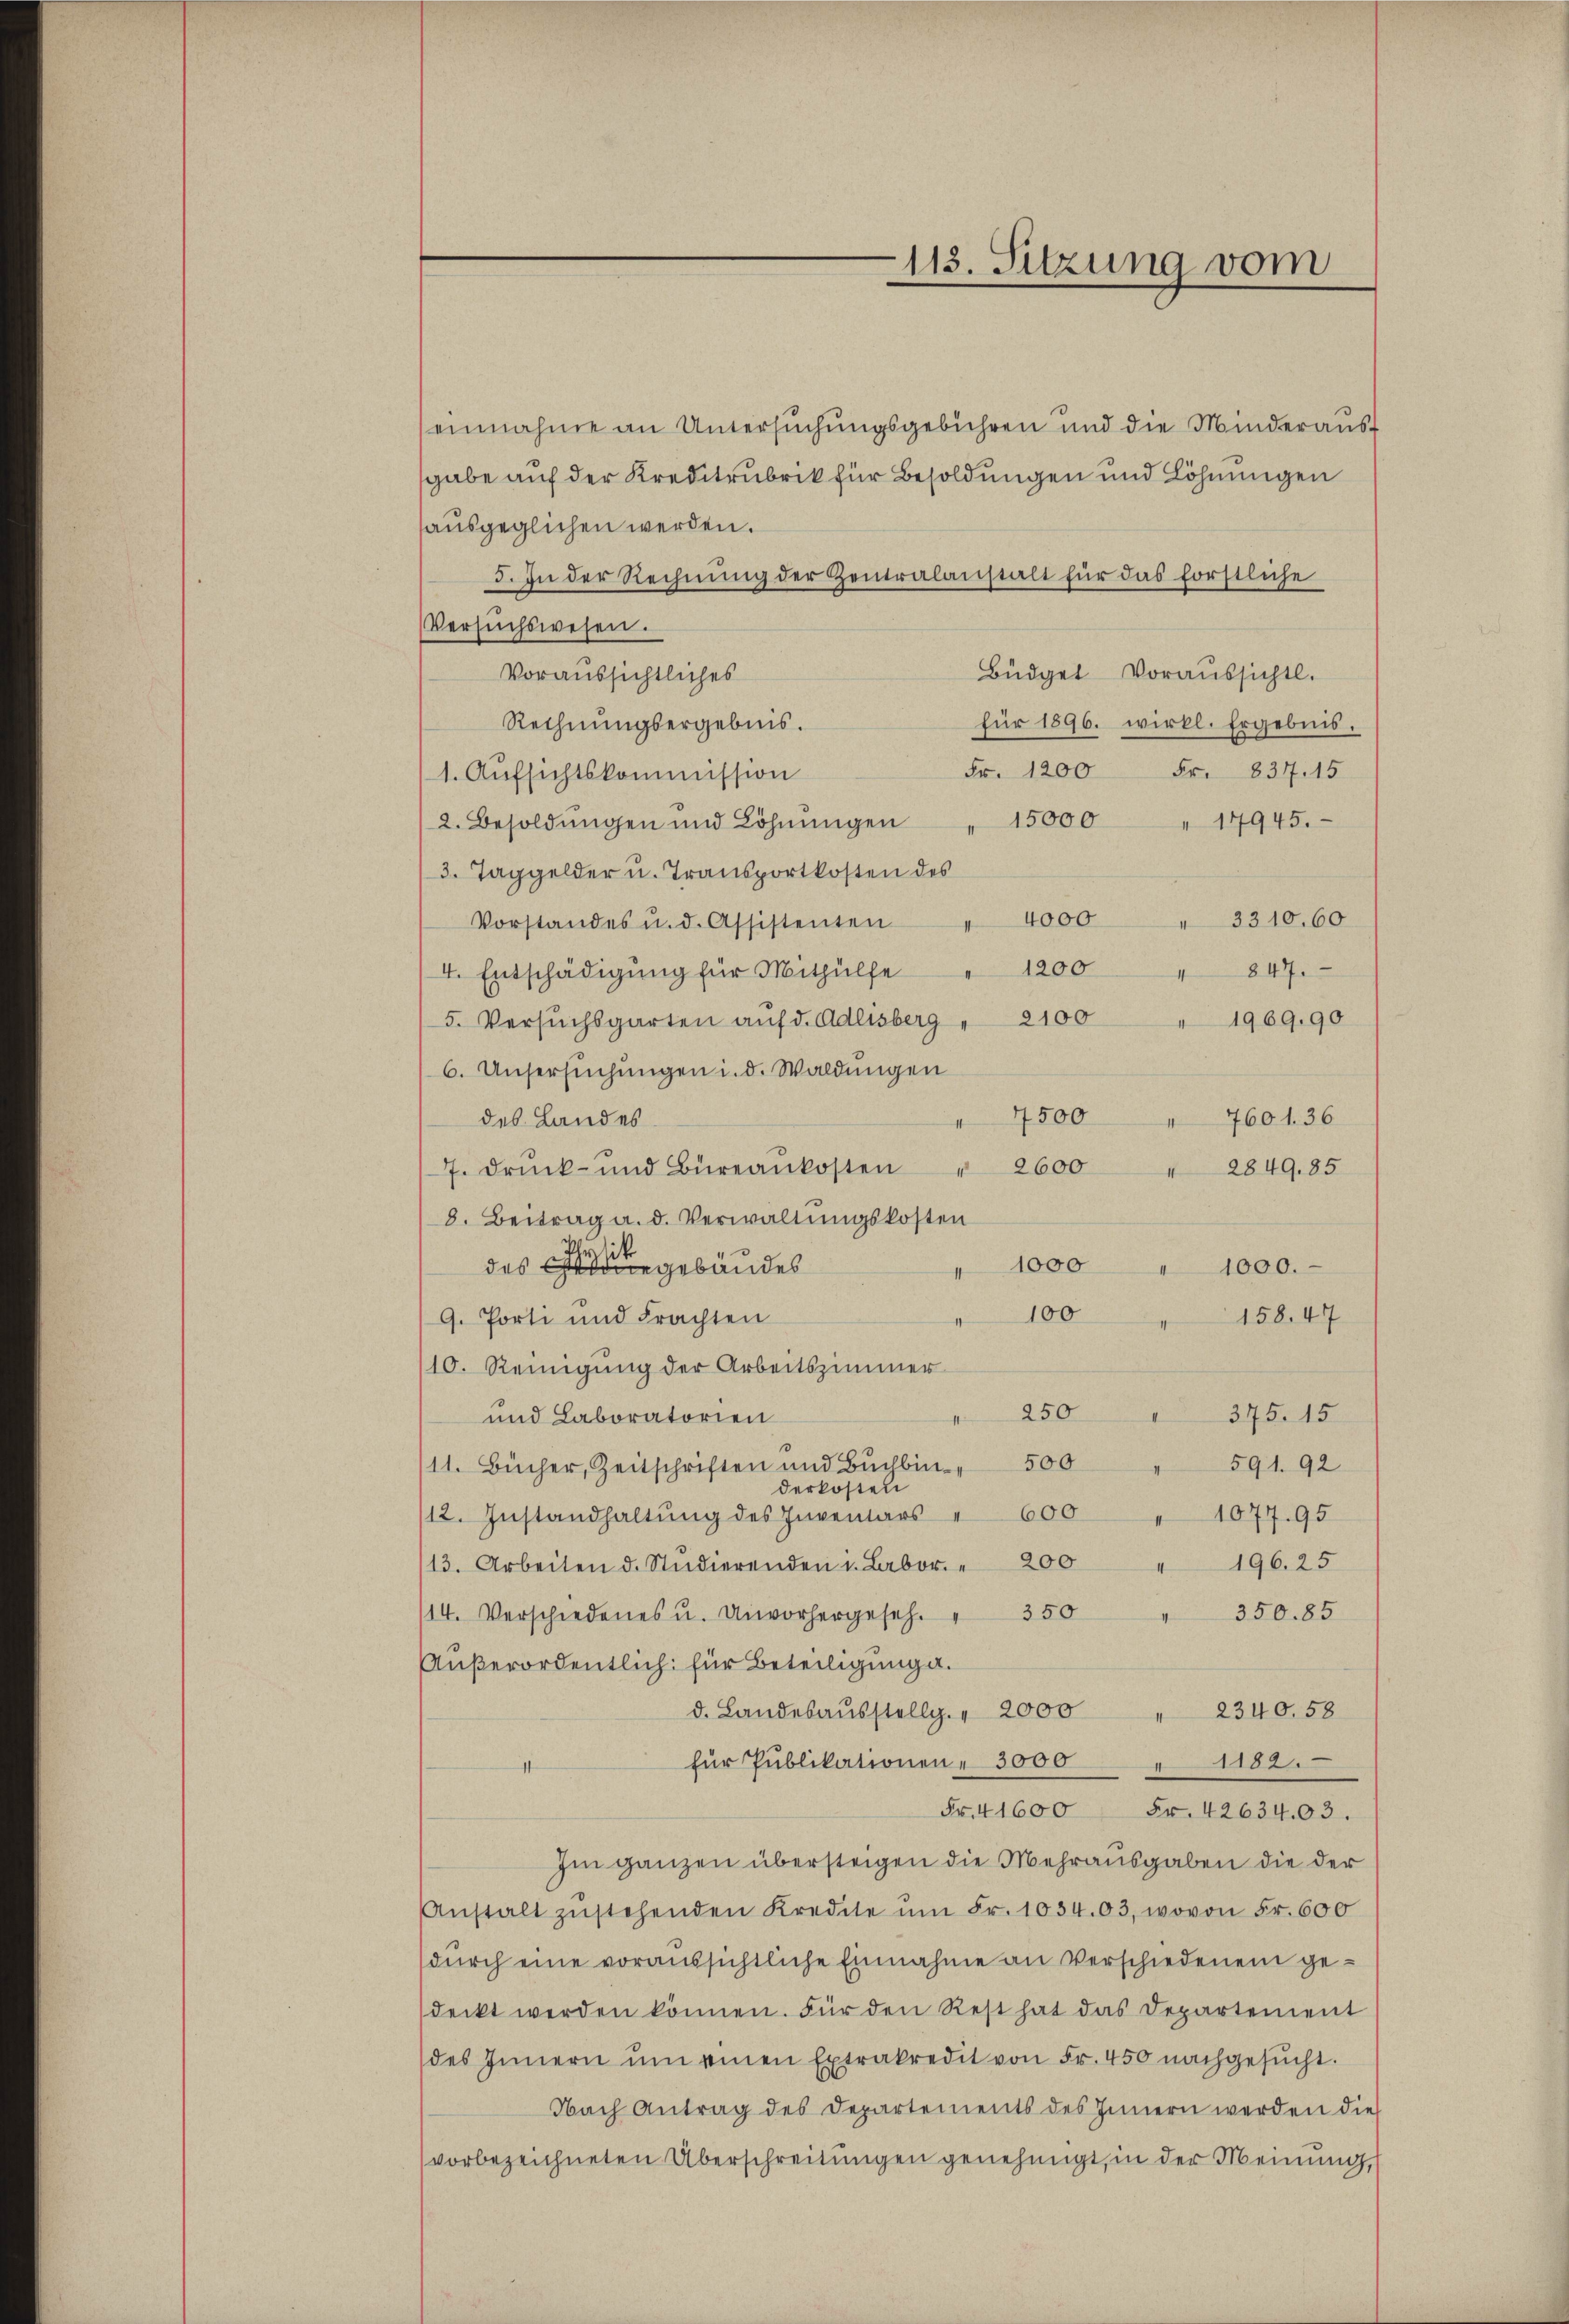
113. Sitzung vom

einnahme an Untersuchungsgebühren und die Minderaussgabe auf der Kreditrubrik für Besoldungen und Löhnungen
ausgeglichen werden.
5. In der Rechnung der Zentralanstalt für das förstliche
Versuchswesen.
Büdget Voraussichtl.
Voraussichtliches
Rechnungsergebnis.
für 1896. wirkl. Ergebnis.
Fr. 1200 Fr. 837. 15
1. Aufsichtskommission
2. Besoldŭngen und Löhnŭngen " 15000 " 17945.
3. Taggelder u. Transportkosten des
Vorstandes u. d. Assistenten " 4000 " 3310. 60
4. Entschädigung für Mithülfe " 1200
847.
5. Versŭchsgarten aŭf d. Adlisberg " 2100 " 1969, 90
6. Unsersŭchŭngen i. d. Waldungen
4500 " 760 136
des Landes
7. Druck- und Büreaukosten
2600 " 2849.85
8. Beitrag a. d. Verwaltungskosten
it
des gebäudes
1000 " 1000.-
100
9. Porti und Frachten
158. 47
(10. Reinigung der Arbeitszimmer
" 250 " 375. 15
und Laboratorien
/11. Bücher, Zeitschriften und Bŭchbin. 500 " 591. 92
derkosten
12. Instandhaltŭng des Inventars " 600 " 1077. 95
196. 25
13. Arbeiten d. Studierenden i. Labor. " 200
4
114. Verschiedenes u. Unvorhergeseh. " 350 " 350. 85
Außerordentlich für Beteiligung a.
d. Landesaŭsstellg. " 2000 " 2340. 58
für Publikationen 30001182.
Fr. 41600 Fr. 42634,03.
Im ganzen übersteigen die Mehrausgaben die der
Anstalt zŭstehenden Kredite ŭm Fr. 1034.03, wovon Fr. 600
durch eine voraussichtliche Einnahme an Verschiedenen gedeckt werden können. Für den Rest hat das Departement
des Innern ŭm einen Extrakredit von Fr. 450 nachgesucht.
Nach Antrag des Departements des Innern werden die
vorbezeichneten Überschreitungen genehmigt, in der Meinung,